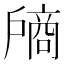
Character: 𰒵